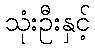
သုံးဦးနှင့်